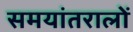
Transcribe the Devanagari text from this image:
समयांतरालों